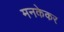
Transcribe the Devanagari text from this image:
मनकेकर